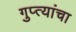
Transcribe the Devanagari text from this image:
गुप्त्यांचा